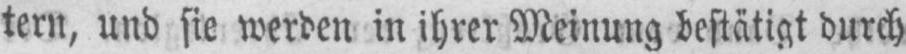
tern, und sie werden in ihrer Meinung bestätigt durch